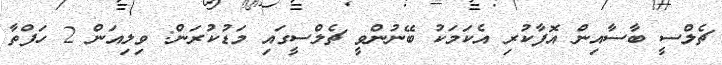
ޗެލްސީ ބާސާއިން އޮފާކުރި އެކަމަކު ބޭނުންވީ ޗެލްސީގައި މަޑުކުރަން: ވިލިއަން 2 ހަފްތާ